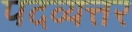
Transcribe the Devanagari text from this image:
पदव्यत्तर